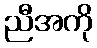
ညီအကို